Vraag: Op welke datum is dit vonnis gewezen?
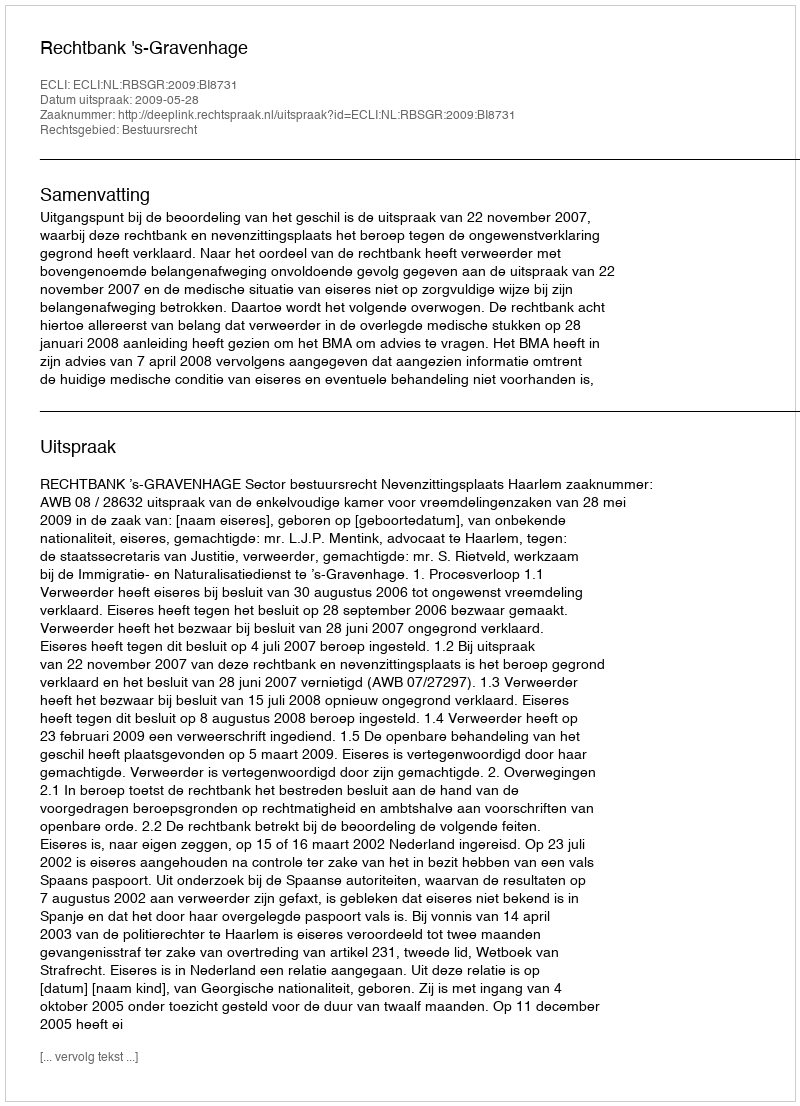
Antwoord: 2009-05-28